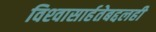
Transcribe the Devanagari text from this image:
विश्‍वासार्हतेबद्दलही